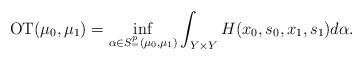
LaTeX: \begin{align*}{\rm OT}(\mu_0,\mu_1) = \inf_{\alpha \in S^p_=(\mu_0,\mu_1)} \int_{Y \times Y}H(x_0,s_0,x_1,s_1)d\alpha.\end{align*}